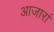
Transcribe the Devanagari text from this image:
आजारां